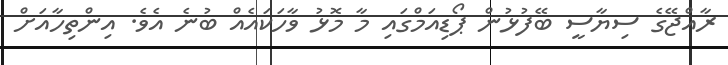
ރާއްޖޭގެ ސިޔާސީ ބޭފުޅުން ޕޯޑިއަމްގައި މާ މޮޅު ވާހަކައެއް ބުނެ އެވެ. އިންތިހާއަށް